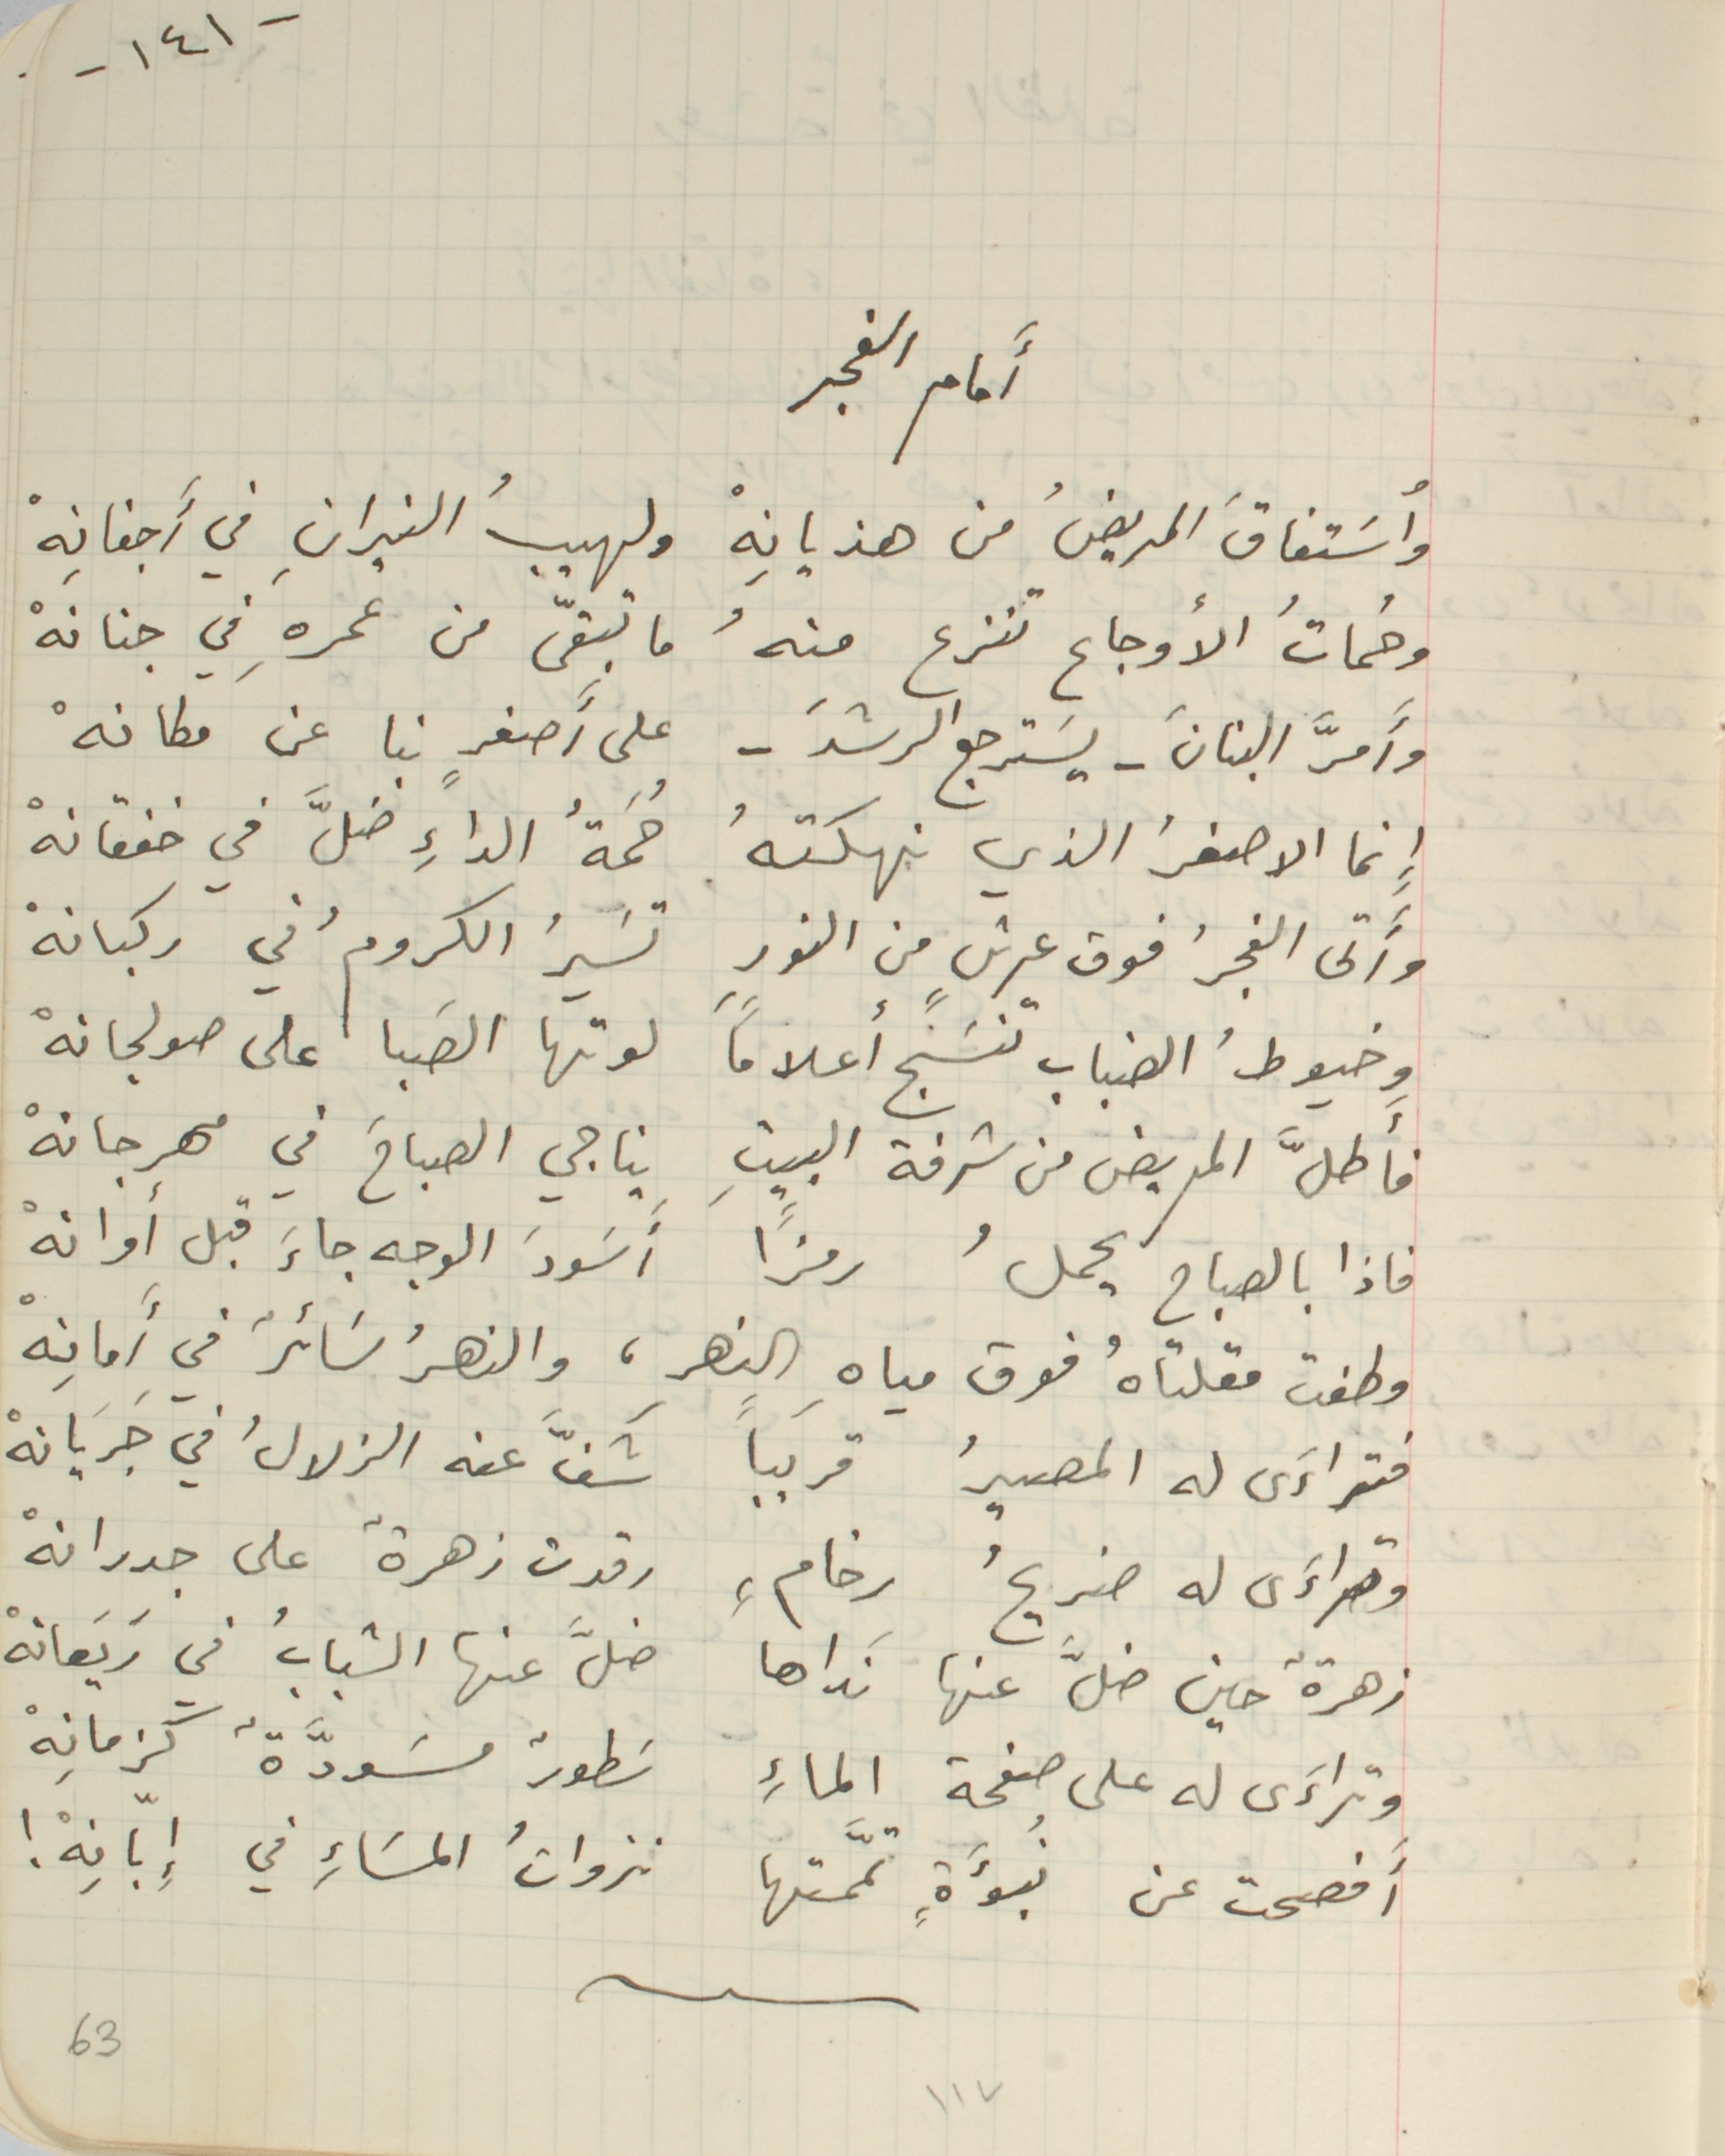
أَمام الفجر
وأستفاقَ المريضُ من هذيانِهْ ولهيبُ النيرانِ في أَجفانِهْ
وحُماتُ الأوجاع تنزع منهُ ما تبقّى من عمرهِ في جنانهْ
وأَمرَّ البنانَ - يسَترجع الرشدَ - على أَصغرٍ نبا عن مكانهْ
 إِنما الاصفرُ الذي نهكتهُ حُمَةُ الداءِ ضلَّ في خفقانهْ
وأَتى الفجرُ فوق عرشٍ من النور تسَيرُ الكرومُ في ركبانهْ
وخيوطُ الضباب تنسج أعلاماً لوتها الصَبا على صولجانهْ
 فأَطلَّ المريض من شرفة البيتِ يناجي الصباحَ في مهرجانهْ
 فاذا بالصباح يحملُ رمزًا أَسَودَ الوجه جاءَ قبل أوانهْ
وطفت مقلتاهُ فوق مياهِ النهرِ، والنهرُ سَائرٌ في أَمانِهْ
 فتراءَى له المصيرُ قريباً شفَّ عنه الزلالُ في جَرَيانهْ
وتراءَى له ضزيحُ رخامٍ رقدت زهرةٌ على جدرانهْ
 زهرةٌ حين ضلَّ عنها نَداها ضلَّ عنها الشبابُ في رَيَعانهْ
وتراءَى له على صفحة الماءِ سَطورٌ مسَودَّةٌ كزمانِهْ
أَفصحت عن نبؤَةٍ تمَّمتها نزواتُ المسَاءِ في إِبّانِهْ!
١١٧                                                                            63
-١٤١-